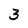
Character: 3